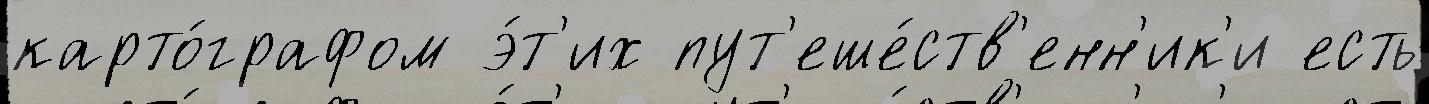
карто́графом э́т'их пут'еше́ств'енн'ик'и есть